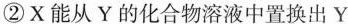
②X能从Y的化合物溶液中置换出Y